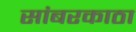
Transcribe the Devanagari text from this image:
सांबरकाठा